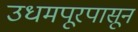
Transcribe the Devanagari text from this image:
उधमपूरपासून